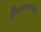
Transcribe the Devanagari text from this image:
डोंगररांगापासून